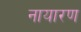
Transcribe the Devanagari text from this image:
नायारण